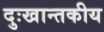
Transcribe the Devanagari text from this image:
दुःखान्तकीय